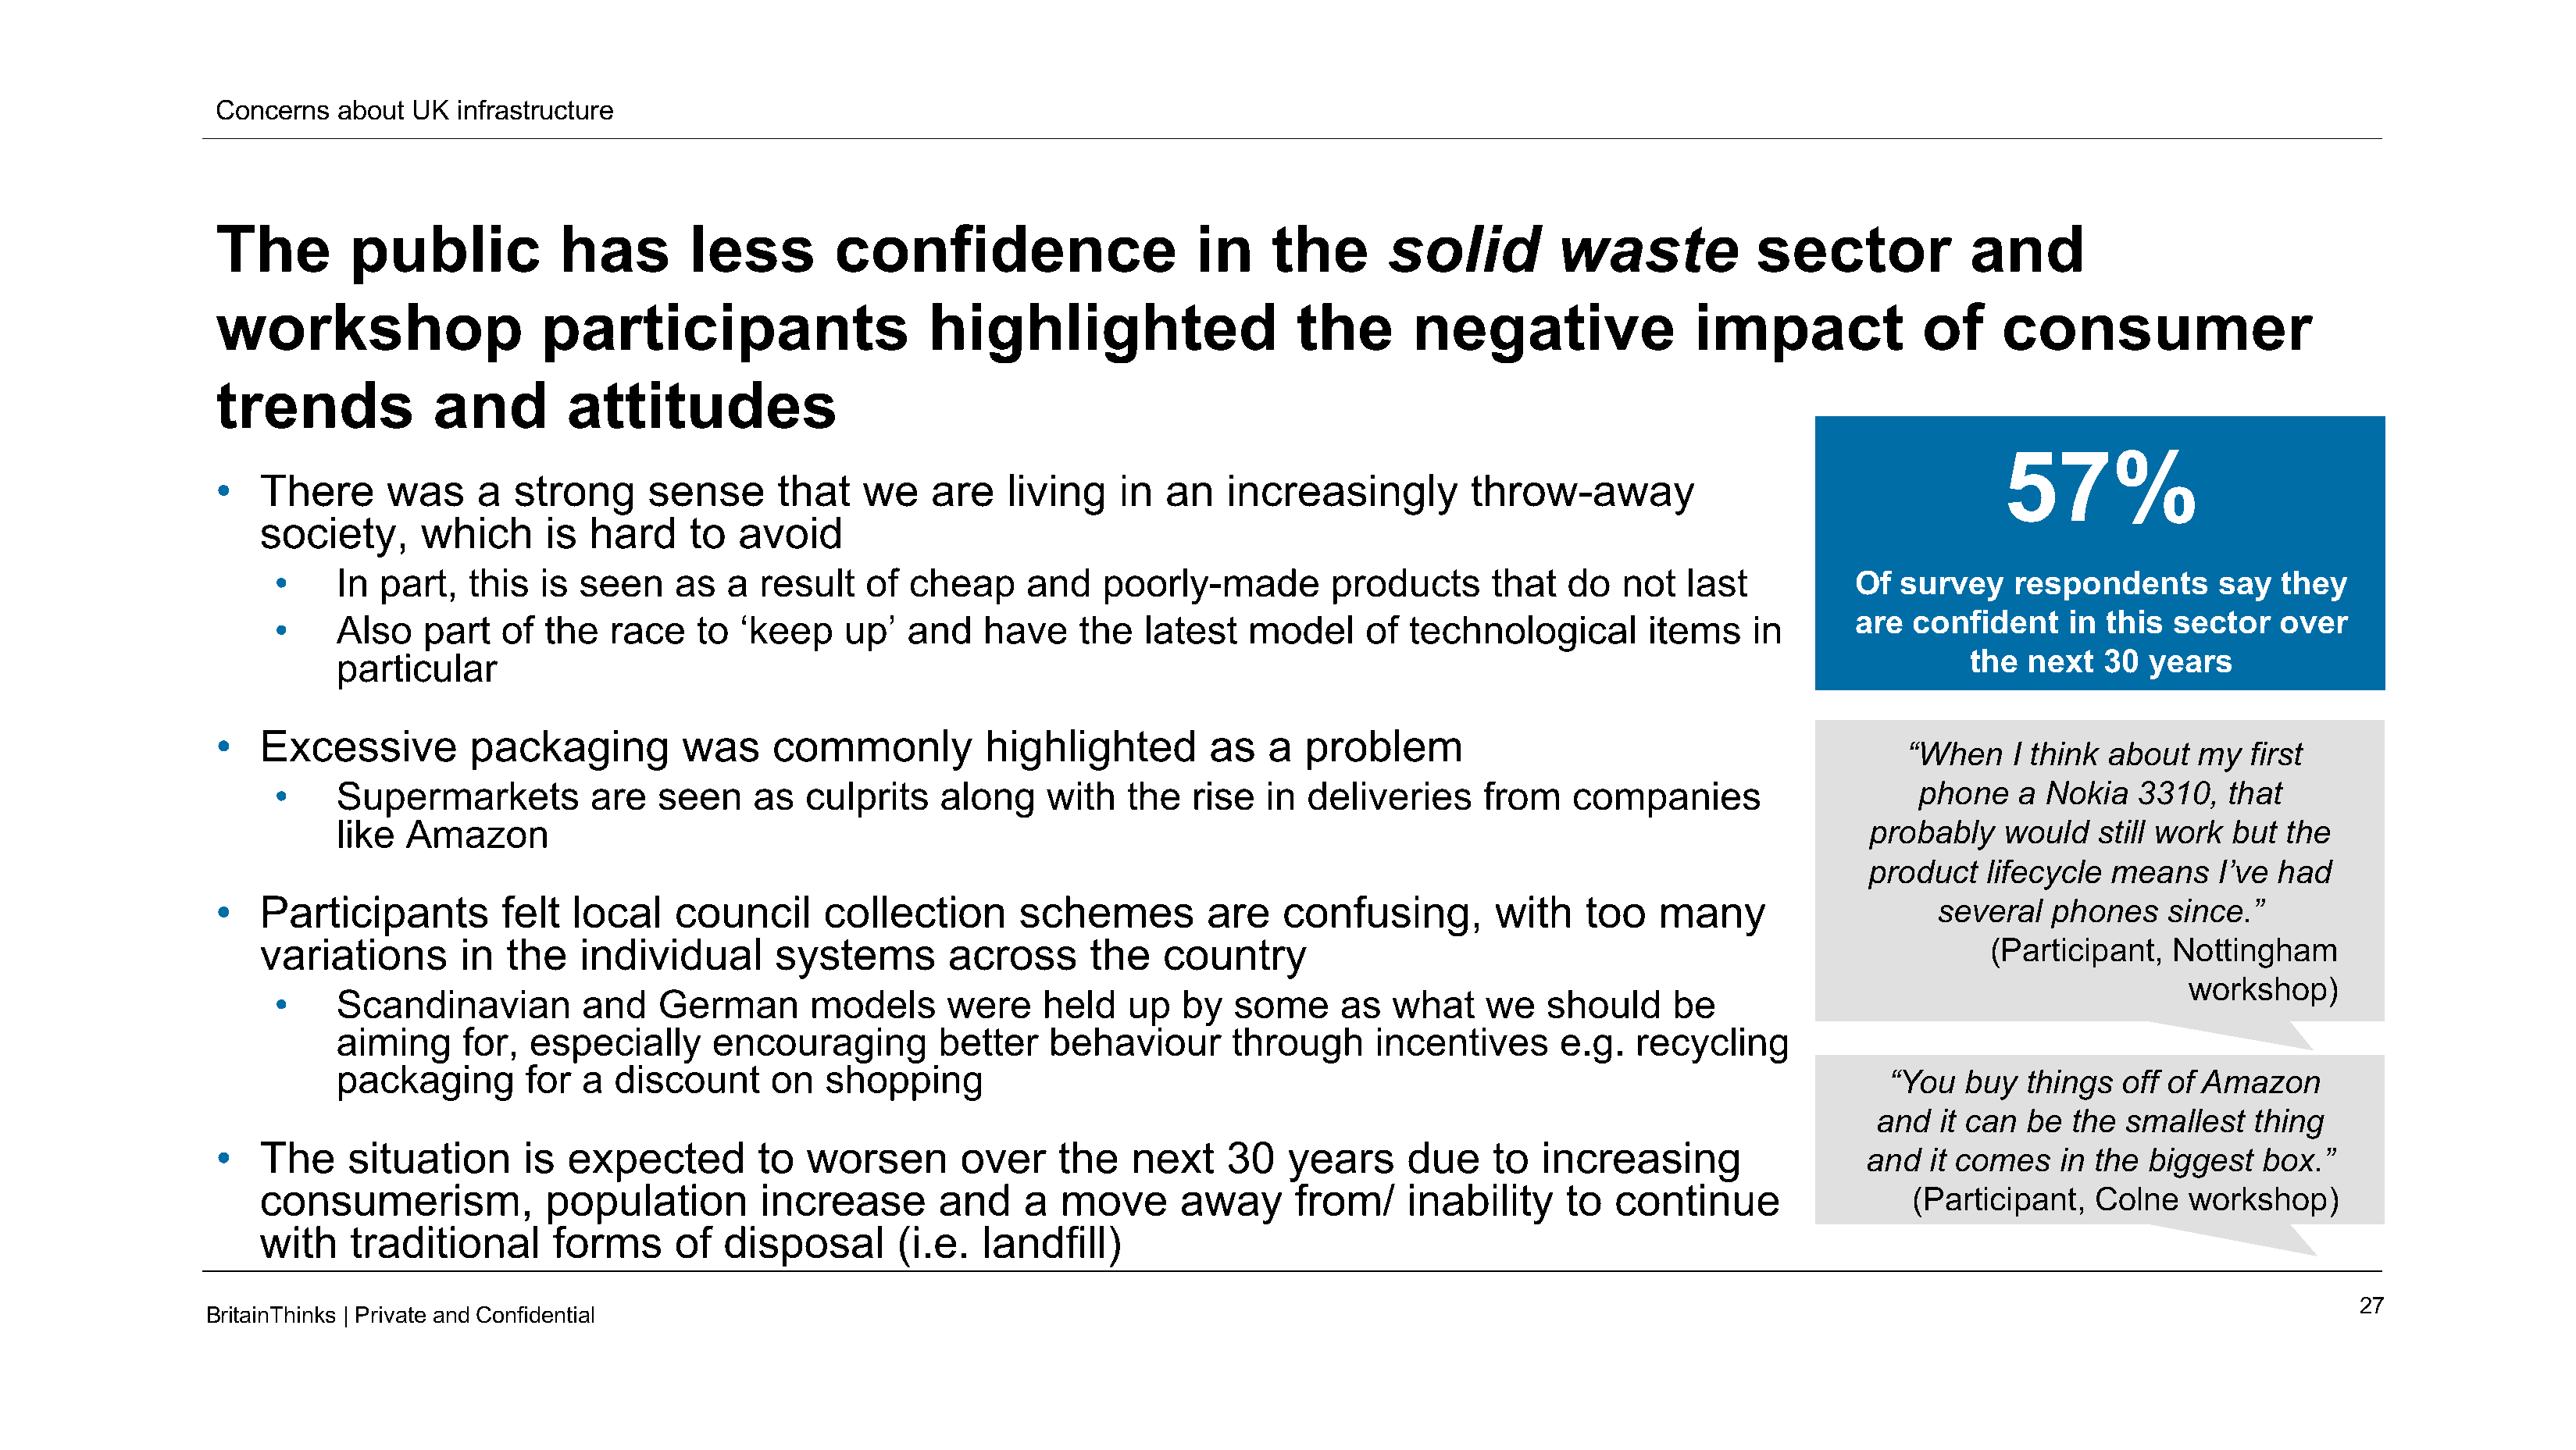
Concerns   about UK  infrastructure
 The         public           has        less         confidence                    in     the       solid         waste            sector            and
 workshop                    participants                     highlighted                    the       negative                impact             of     consumer
 trends             and        attitudes
 57%
 •   There      was    a   strong     sense      that   we    are   living    in  an   increasingly         throw-away
 society,      which     is  hard    to   avoid
 •     In part,   this  is seen    as   a result   of  cheap     and   poorly-made         products     that   do  not   last          Of  survey    respondents      say  they
 are  confident    in  this sector   over
 •     Also   part  of  the   race   to  ‘keep    up’  and   have    the   latest   model     of technological        items    in
 particular                                                                                                                                the  next  30  years
 •   Excessive         packaging         was    commonly          highlighted         as  a   problem
 “When    I think about  my   first
 •     Supermarkets         are   seen    as  culprits    along    with   the  rise  in  deliveries     from   companies                     phone   a Nokia   3310,   that
 like Amazon                                                                                                                      probably    would   still work but  the
 product   lifecycle  means    I’ve had
 •   Participants         felt  local   council      collection      schemes         are    confusing,        with   too    many                   several   phones    since.”
 variations       in  the   individual       systems       across      the    country                                                               (Participant,  Nottingham
 workshop)
 •     Scandinavian        and    German       models     were    held    up  by   some     as  what    we   should     be
 aiming    for,  especially     encouraging         better   behaviour      through      incentives     e.g.   recycling
 packaging       for a  discount     on   shopping
 “You  buy   things  off of Amazon
 and  it can  be  the smallest   thing
 •   The    situation      is  expected        to  worsen       over     the   next    30   years     due     to  increasing
 and   it comes   in the biggest   box.”
 consumerism,            population        increase        and    a  move      away      from/    inability     to  continue                 (Participant,   Colne   workshop)
 with    traditional      forms     of  disposal       (i.e.  landfill)
 27
 BritainThinks | Private andConfidential